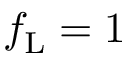
f _ { \mathrm { L } } = 1